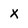
Character: x